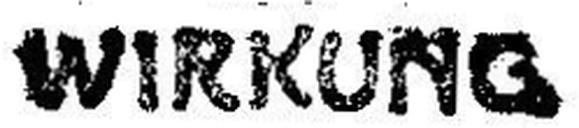
WIRKUNG